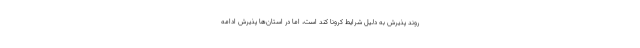
روند پذیرش به دلیل شرایط کرونا کند است، اما در استان‌ها پذیرش ادامه